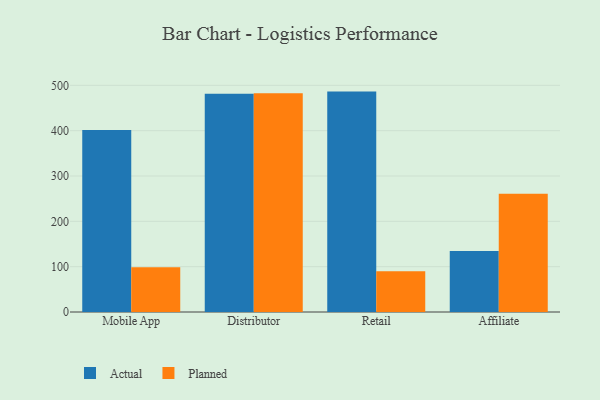
{"axis": {"x": "Channel", "y": "Net Income (USD K)"}, "legend": ["Actual", "Planned"], "data": [{"x": "Mobile App", "y": 401.7, "type": "Actual"}, {"x": "Mobile App", "y": 98.8, "type": "Planned"}, {"x": "Distributor", "y": 481.3, "type": "Actual"}, {"x": "Distributor", "y": 482.3, "type": "Planned"}, {"x": "Retail", "y": 486.2, "type": "Actual"}, {"x": "Retail", "y": 90.1, "type": "Planned"}, {"x": "Affiliate", "y": 134.3, "type": "Actual"}, {"x": "Affiliate", "y": 261.1, "type": "Planned"}]}